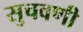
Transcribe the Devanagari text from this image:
सुचवणी